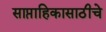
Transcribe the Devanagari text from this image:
साप्ताहिकासाठीचे